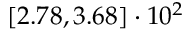
\left[ 2 . 7 8 , 3 . 6 8 \right] \cdot 1 0 ^ { 2 }